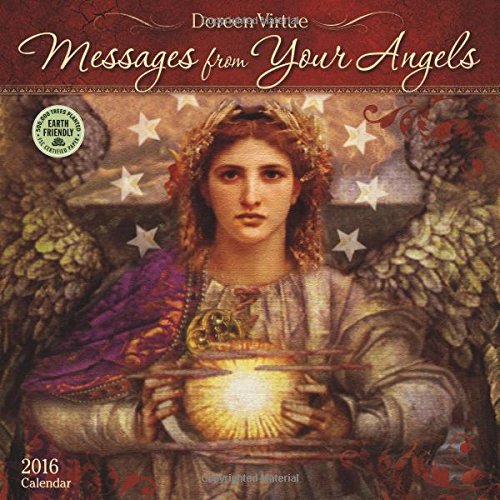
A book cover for Messages from Your Angels 2016 Wall Calendar; Doreen Virtue; Religion & Spirituality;